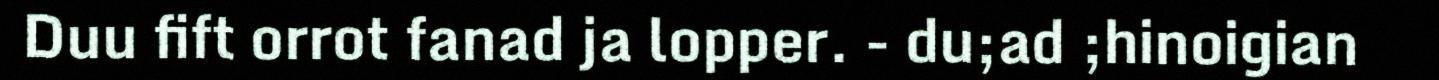
Duu fift orrot fanad ja lopper. - du;ad ;hinoigian